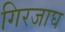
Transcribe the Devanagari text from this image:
गिरजाघ